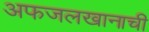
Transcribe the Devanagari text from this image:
अफजलखानाची